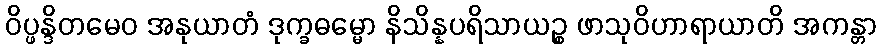
ဝိပ္ဖန္ဒိတမေဝ အနုယာတံ ဒုက္ခဓမ္မော နိသိန္နပရိသာယဉ္စ ဖာသုဝိဟာရာယာတိ အကန္တာ